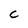
Character: C